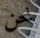
نحن